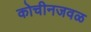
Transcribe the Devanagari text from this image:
कोचीनजवळ